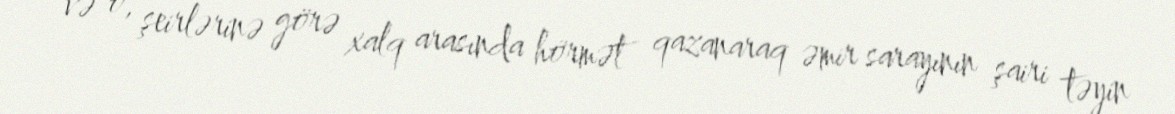
və o, şeirlərinə görə xalq arasında hörmət qazanaraq əmir sarayının şairi təyin